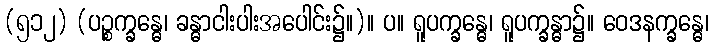
(၅၁၂) (ပဉ္စက္ခန္ဓေ၊ ခန္ဓာငါးပါးအပေါင်း၌။)။ ပ။ ရူပက္ခန္ဓေ၊ ရူပက္ခန္ဓာ၌။ ဝေဒနက္ခန္ဓေ၊